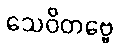
သေဝိတဗ္ဗေ